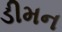
ડીમન